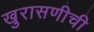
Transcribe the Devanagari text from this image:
खुरासणीची